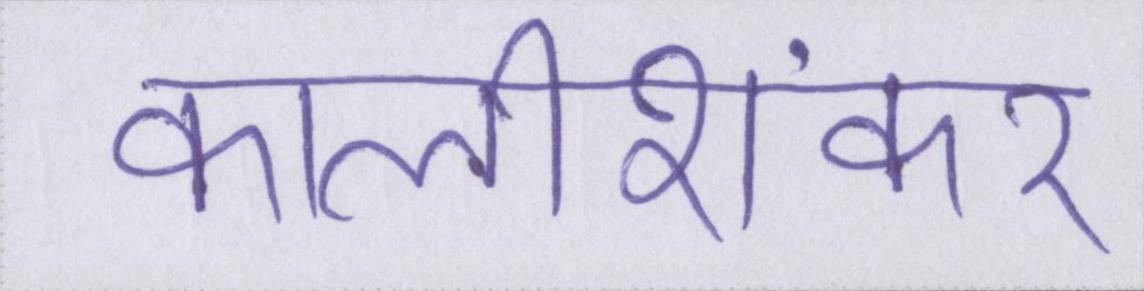
कालीशंकर